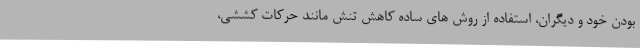
بودن خود و دیگران، استفاده از روش های ساده کاهش تنش مانند حرکات کششی،